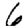
Digit: 6